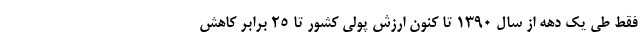
فقط طی یک دهه از سال ۱۳۹۰ تا کنون ارزش پولی کشور تا ۲۵ برابر کاهش